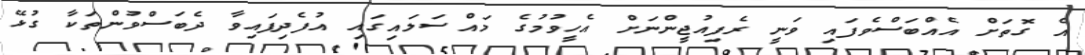
އެ ގޮތަށް އެއްބަސްވެފައި ވަނީ ރެފިއުޖީންނަށް އެހީވުމުގެ މައްސަލައިގައި އުފެދިފައިވާ ދެބަސްވުންތަކާ ގުޅޭ